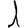
Digit: 1